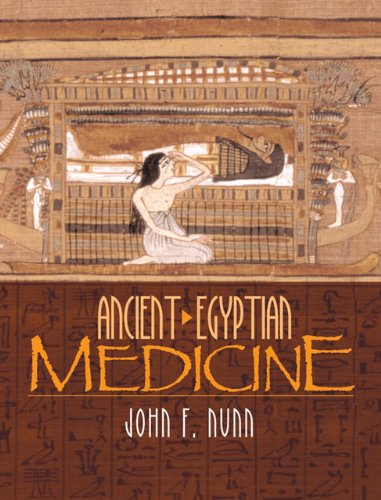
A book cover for Ancient Egyptian Medicine; John F. Nunn; History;